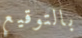
بالتوقيع